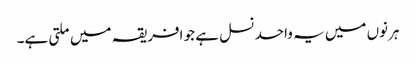
ہرنوں میں یہ واحد نسل ہے جو افریقہ میں ملتی ہے۔